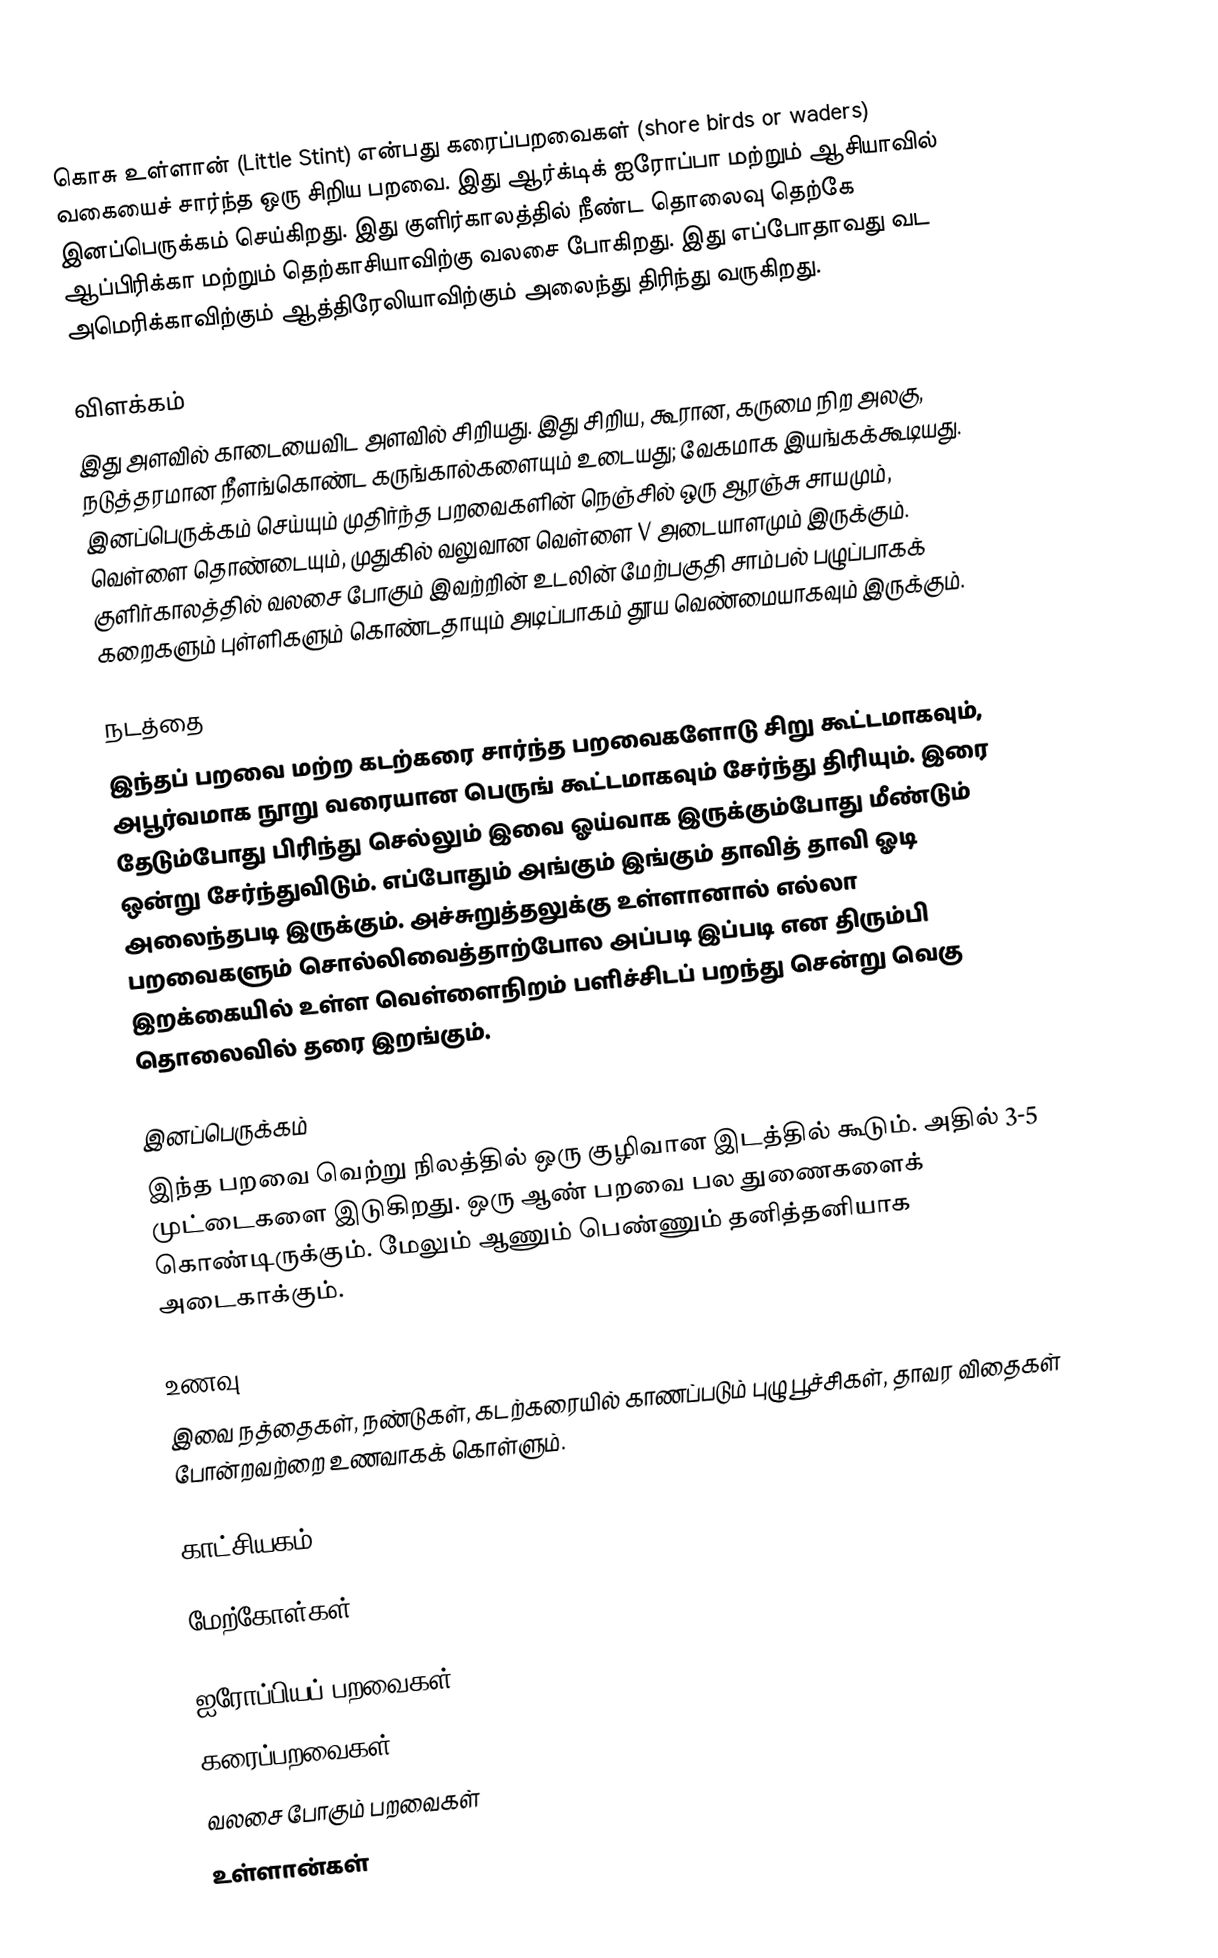
கொசு உள்ளான் (Little Stint) என்பது கரைப்பறவைகள் (shore birds or waders) வகையைச் சார்ந்த ஒரு சிறிய பறவை. இது ஆர்க்டிக் ஐரோப்பா மற்றும் ஆசியாவில் இனப்பெருக்கம் செய்கிறது.  இது குளிர்காலத்தில் நீண்ட தொலைவு  தெற்கே ஆப்பிரிக்கா மற்றும் தெற்காசியாவிற்கு வலசை போகிறது. இது எப்போதாவது வட அமெரிக்காவிற்கும் ஆத்திரேலியாவிற்கும் அலைந்து திரிந்து வருகிறது.

விளக்கம்
இது அளவில் காடையைவிட அளவில் சிறியது. இது சிறிய, கூரான, கருமை நிற அலகு,  நடுத்தரமான நீளங்கொண்ட கருங்கால்களையும் உடையது; வேகமாக இயங்கக்கூடியது. இனப்பெருக்கம் செய்யும் முதிர்ந்த பறவைகளின் நெஞ்சில் ஒரு ஆரஞ்சு சாயமும்,  வெள்ளை தொண்டையும், முதுகில் வலுவான வெள்ளை V அடையாளமும் இருக்கும். குளிர்காலத்தில் வலசை போகும் இவற்றின் உடலின் மேற்பகுதி சாம்பல் பழுப்பாகக் கறைகளும் புள்ளிகளும்  கொண்டதாயும் அடிப்பாகம் தூய வெண்மையாகவும் இருக்கும்.

நடத்தை
இந்தப் பறவை மற்ற கடற்கரை சார்ந்த பறவைகளோடு  சிறு கூட்டமாகவும், அபூர்வமாக நூறு வரையான பெருங் கூட்டமாகவும் சேர்ந்து திரியும். இரை தேடும்போது பிரிந்து செல்லும் இவை ஓய்வாக இருக்கும்போது மீண்டும் ஒன்று சேர்ந்துவிடும். எப்போதும் அங்கும் இங்கும் தாவித் தாவி ஓடி அலைந்தபடி இருக்கும். அச்சுறுத்தலுக்கு உள்ளானால் எல்லா பறவைகளும் சொல்லிவைத்தாற்போல அப்படி இப்படி என திரும்பி இறக்கையில் உள்ள வெள்ளைநிறம் பளிச்சிடப் பறந்து சென்று வெகு தொலைவில் தரை இறங்கும்.

இனப்பெருக்கம்
இந்த பறவை  வெற்று நிலத்தில் ஒரு குழிவான இடத்தில் கூடும். அதில்  3-5 முட்டைகளை இடுகிறது. ஒரு ஆண் பறவை பல துணைகளைக் கொண்டிருக்கும். மேலும் ஆணும் பெண்ணும் தனித்தனியாக அடைகாக்கும்.

உணவு
இவை நத்தைகள், நண்டுகள், கடற்கரையில் காணப்படும் புழு பூச்சிகள், தாவர விதைகள் போன்றவற்றை உணவாகக் கொள்ளும்.

காட்சியகம்

மேற்கோள்கள்

ஐரோப்பியப் பறவைகள்
கரைப்பறவைகள்
வலசை போகும் பறவைகள்
உள்ளான்கள்